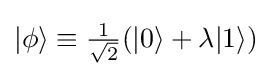
{\textstyle |\phi \rangle \equiv {\frac {1}{\sqrt {2}}}(|0\rangle +\lambda |1\rangle )}